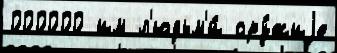
000000 им л'юдьм'и́ ору́жиjе